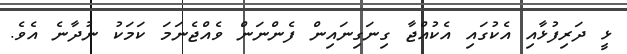
ޅީ ދަރިފުޅާއި އެކުގައި އެކުއްޖާ ގިނަގިނައިން ފެންނަން ވެއްޖެނަމަ ކަމަކު ނުދާނެ އެވެ.